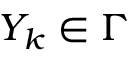
\, Y _ { k } \in \Gamma